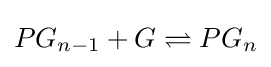
PG_{n-1}+G\rightleftharpoons PG_{n}